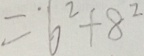
= 6 ^ { 2 } + 8 ^ { 2 }